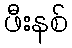
ဖီးနစ်